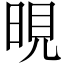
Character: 晛